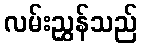
လမ်းညွှန်သည်